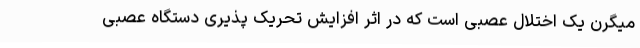
میگرن یک اختلال عصبی است که در اثر افزایش تحریک پذیری دستگاه عصبی